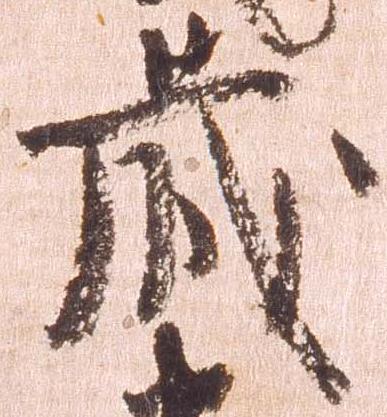
蔵